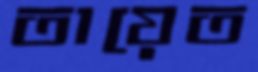
তায়েত